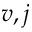
v , j